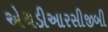
એચડીઆરસીજીબી